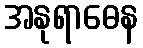
အနုရာဓေန